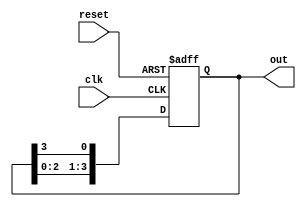
module ring_counter (
    input wire clk,  // Clock input
    input wire reset, // Reset input
    output reg [3:0] out // Output bits
);

// Initialize the output
initial begin
    out <= 4'b0001;
end

// Sequential logic to shift the bits
always @(posedge clk or posedge reset) begin
    if (reset) begin
        out <= 4'b0001; // Reset to initial state
    end else begin
        // Shift the bits
        out <= {out[2:0], out[3]};
    end
end

endmodule